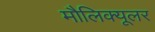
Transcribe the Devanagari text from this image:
मौलिक्यूलर